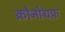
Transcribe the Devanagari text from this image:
क्रोनोग्रफ़